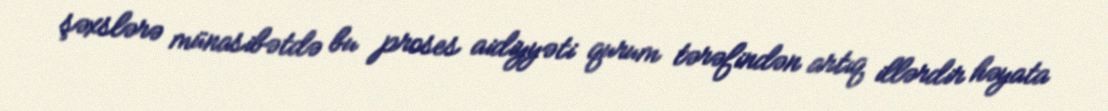
şəxslərə münasibətdə bu proses aidiyyəti qurum tərəfindən artıq illərdir həyata